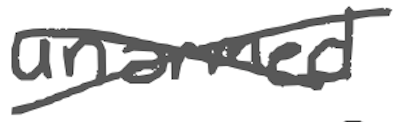
Text: unarmed
Cross-out: mix
Writing tool: digital_gray